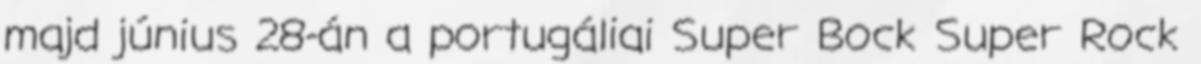
majd június 28-án a portugáliai Super Bock Super Rock